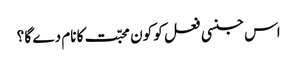
اس جنسی فعل کو کون محبّت کا نام دے گا ؟